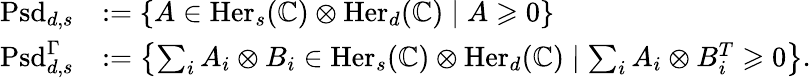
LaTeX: \begin{array}{rl}{\mathrm{Psd}_{d,s}}&{:=\left\{ A\in\mathrm{Her}_{s}(\mathbb C)\otimes\mathrm{Her}_{d}(\mathbb C)\mid A\geqslant 0\right\} }\\ {\mathrm{Psd}_{d,s}^{\Gamma}}&{:=\left\{ \sum_{i}A_{i}\otimes B_{i}\in\mathrm{Her}_{s}(\mathbb C)\otimes\mathrm{Her}_{d}(\mathbb C)\mid\sum_{i}A_{i}\otimes B_{i}^{T}\geqslant 0\right\} .}\end{array}